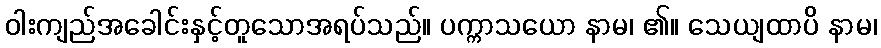
ဝါးကျည်အခေါင်းနှင့်တူသောအရပ်သည်။ ပက္ကာသယော နာမ၊ ၏။ သေယျထာပိ နာမ၊